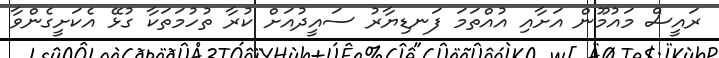
ރައީސް މައުމޫން އަށާއި އުއްތަމަ ފަނޑިޔާރު ސައީދުއަށް ކުރާ ތުހުމަތަކާ ގުޅޭ އެކަށީގެންވާ